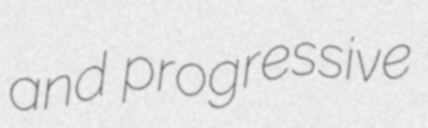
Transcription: and progressive